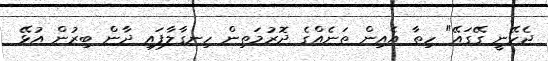
ޖެހޭނީ ގޭގައޭ" ހިތާ އެއިން ތަނެއްގެ ދޮރުމަތިން ހިނގާލާފައި ދާން ބިރުން އުޅޭ